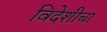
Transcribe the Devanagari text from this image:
विदेशीचा